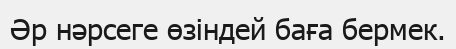
Әр нәрсеге өзіндей баға бермек.